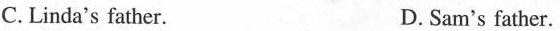
C. Linda's father. D. Sam's father.